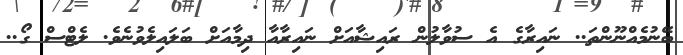
ބޭނުމެއްނޫންތަ.. ނައިރާގެ އެ ސުވާލުން ރައިޝާއަށް ނައިރާއާ ދިމާއަށް ބަލައިލެވުނެވެ. ލެޓްސް ގޯ..